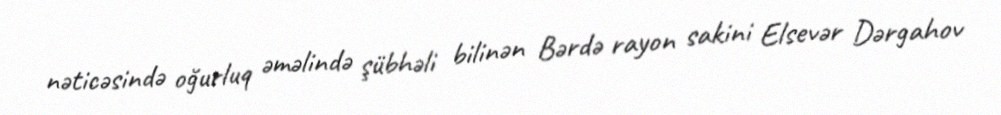
nəticəsində oğurluq əməlində şübhəli bilinən Bərdə rayon sakini Elsevər Dərgahov